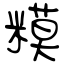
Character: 糢